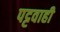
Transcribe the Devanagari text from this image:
पट्टवाही